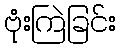
ဗုံးကြဲခြင်း